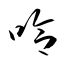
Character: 哈